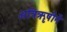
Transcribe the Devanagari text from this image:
अत्रिॠषीनें